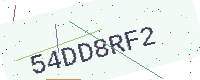
Text: 54DD8RF2